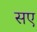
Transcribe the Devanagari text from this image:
सए